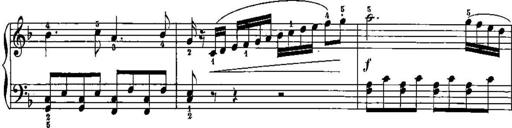
Title: Trois sonatines
Composer: Maurice Emmanuel